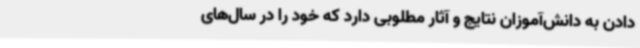
دادن به دانش‌آموزان نتایج و آثار مطلوبی دارد که خود را در سال‌های